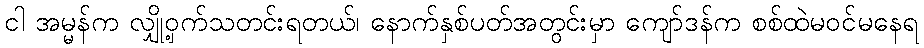
ငါ အမ္မန်က လျှို့ဝှက်သတင်းရတယ်၊ နောက်နှစ်ပတ်အတွင်းမှာ ကျော်ဒန်က စစ်ထဲမဝင်မနေရ